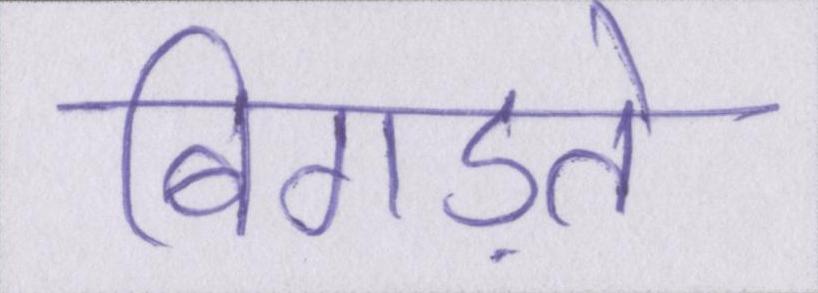
बिगड़ते